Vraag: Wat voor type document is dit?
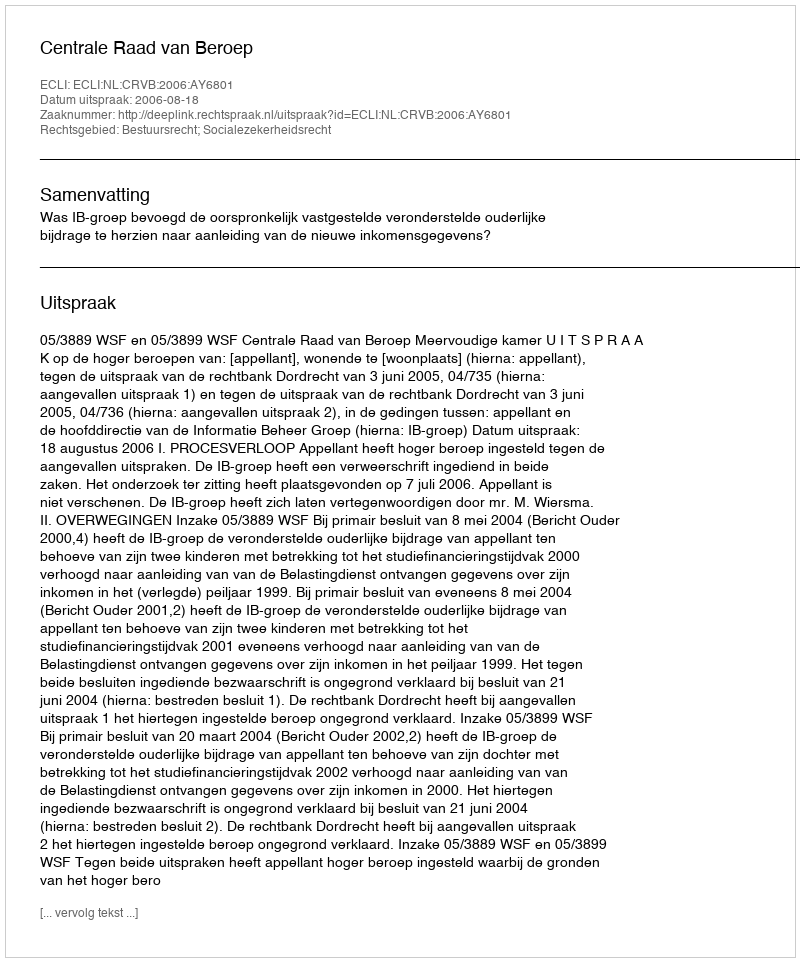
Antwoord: Uitspraak